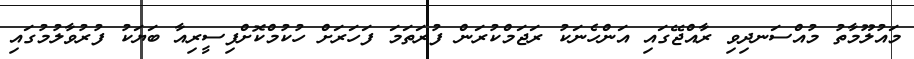
މައުލޫމާތު މުއްސަނދިވި ރާއްޖޭގައި އަންހެނަކު ރަޖަމްކުރަން ފުރަތަމަ ފަހަރަށް ހުކުމްކޮށްފިސީރިއާ ބަޔަކު ފުރުވާލުމުގައި